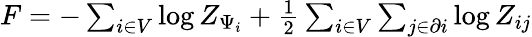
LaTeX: \begin{array}{r}{\begin{array}{r}{F=-\sum_{i\in V}\log Z_{\Psi_{i}}+\frac{1}{2}\sum_{i\in V}\sum_{j\in\partial i}\log Z_{ij}}\end{array}}\end{array}